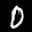
Label: 0